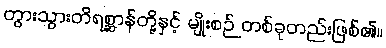
တွားသွားတိရစ္ဆာန်တို့နှင့် မျိုးစဉ် တစ်ခုတည်းဖြစ်၏။